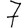
Digit: 7